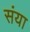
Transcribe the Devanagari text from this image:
संया